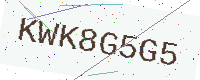
Text: KWK8G5G5